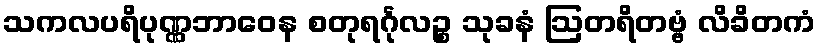
သကလပရိပုဏ္ဏဘာဝေန စတုရင်္ဂုလဉ္စ သုခနံ ဩတရိတဗ္ဗံ လိခိတကံ